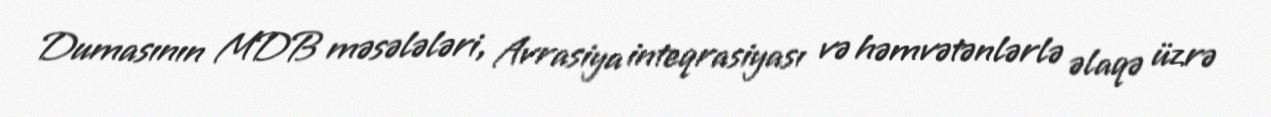
Dumasının MDB məsələləri, Avrasiya inteqrasiyası və həmvətənlərlə əlaqə üzrə